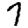
Digit: 7